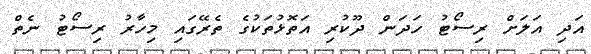
އަދި އަލަށް ރިސޯޓު ހަދަން ދޫކުރި އަތޮޅުތަކުގެ ތެރޭގައި މިހާރު ރިސޯޓު ނެތް